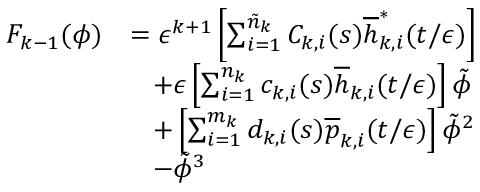
\begin{array} { r l } { F _ { k - 1 } ( \phi ) } & { = \epsilon ^ { k + 1 } \left[ \sum _ { i = 1 } ^ { \tilde { n } _ { k } } C _ { k , i } ( s ) \overline { { h } } _ { k , i } ^ { * } ( t / \epsilon ) \right] } \\ & { \; \; \; + \epsilon \left[ \sum _ { i = 1 } ^ { n _ { k } } c _ { k , i } ( s ) \overline { { h } } _ { k , i } ( t / \epsilon ) \right] \tilde { \phi } } \\ & { \; \; \; + \left[ \sum _ { i = 1 } ^ { m _ { k } } d _ { k , i } ( s ) \overline { { p } } _ { k , i } ( t / \epsilon ) \right] \tilde { \phi } ^ { 2 } } \\ & { \; \; \; - \tilde { \phi } ^ { 3 } } \end{array}